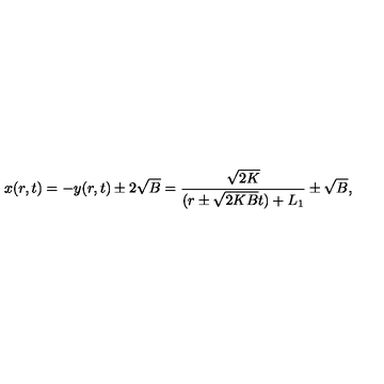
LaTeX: x ( r , t ) = - y ( r , t ) \pm 2 \sqrt { B } = \frac { \sqrt { 2 K } } { ( r \pm \sqrt { 2 K B } t ) + L _ { 1 } } \pm \sqrt { B } ,